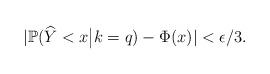
LaTeX: \begin{align*} |\mathbb{P}(\widehat{Y} < x \big| k = q) - \Phi(x)| < \epsilon / 3.\end{align*}